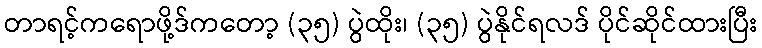
တာရင့်ကရောဖို့ဒ်ကတော့ (၃၅) ပွဲထိုး၊ (၃၅) ပွဲနိုင်ရလဒ် ပိုင်ဆိုင်ထားပြီး